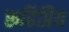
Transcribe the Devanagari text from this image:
रूढिप्रिय